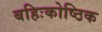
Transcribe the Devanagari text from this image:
बहिःकोष्ठिक